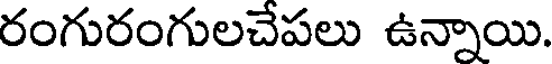
రంగురంగులచేపలు ఉన్నాయి.